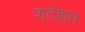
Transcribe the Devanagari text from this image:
शटेशन